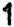
1